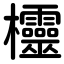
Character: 欞